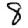
Digit: 8